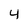
Character: 4